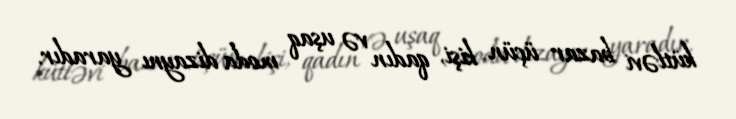
kütləvi bazar üçün kişi, qadın və uşaq moda dizaynı yaradır.